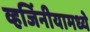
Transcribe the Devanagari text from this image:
व्हर्जिनीयामध्ये